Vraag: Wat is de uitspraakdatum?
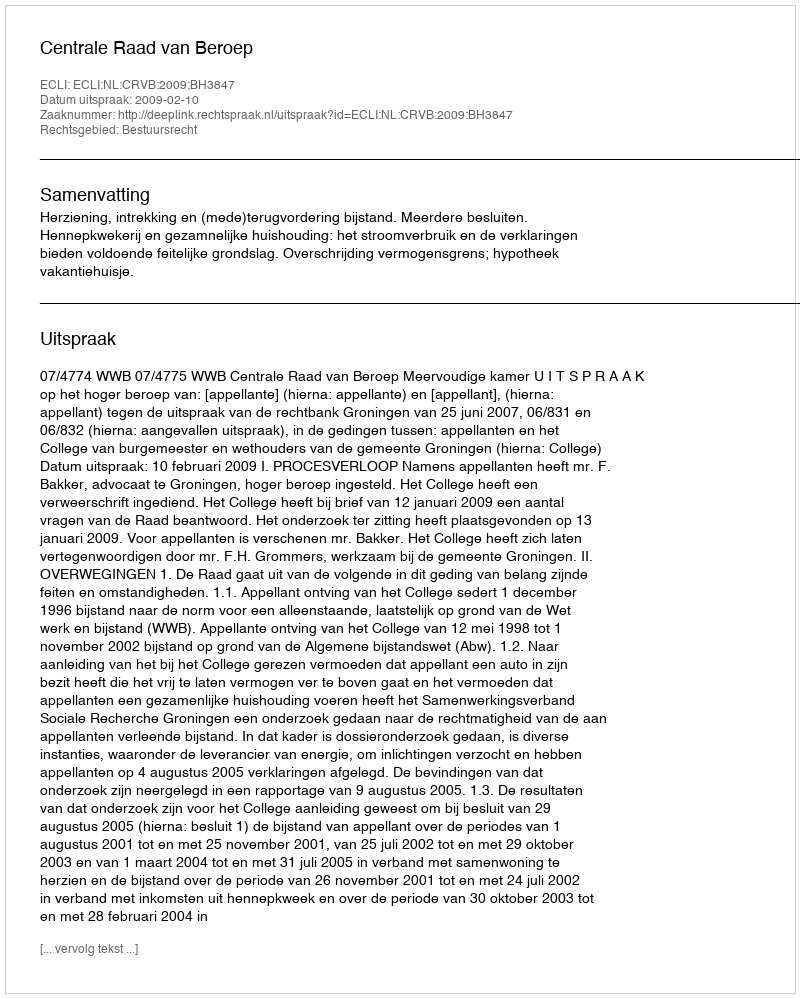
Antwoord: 2009-02-10